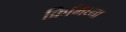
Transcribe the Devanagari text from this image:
क्रिमिघ्ना